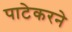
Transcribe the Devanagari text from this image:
पाटेकरने